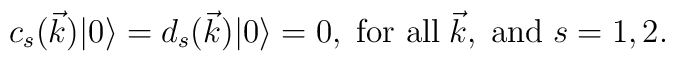
c_s (\vec{k}) |0 \rangle = d_{s}(\vec{k}) |0 \rangle =0,\;	\mbox{for all} \;\vec k, \;\mbox{and} \; s=1,2.